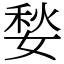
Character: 媝